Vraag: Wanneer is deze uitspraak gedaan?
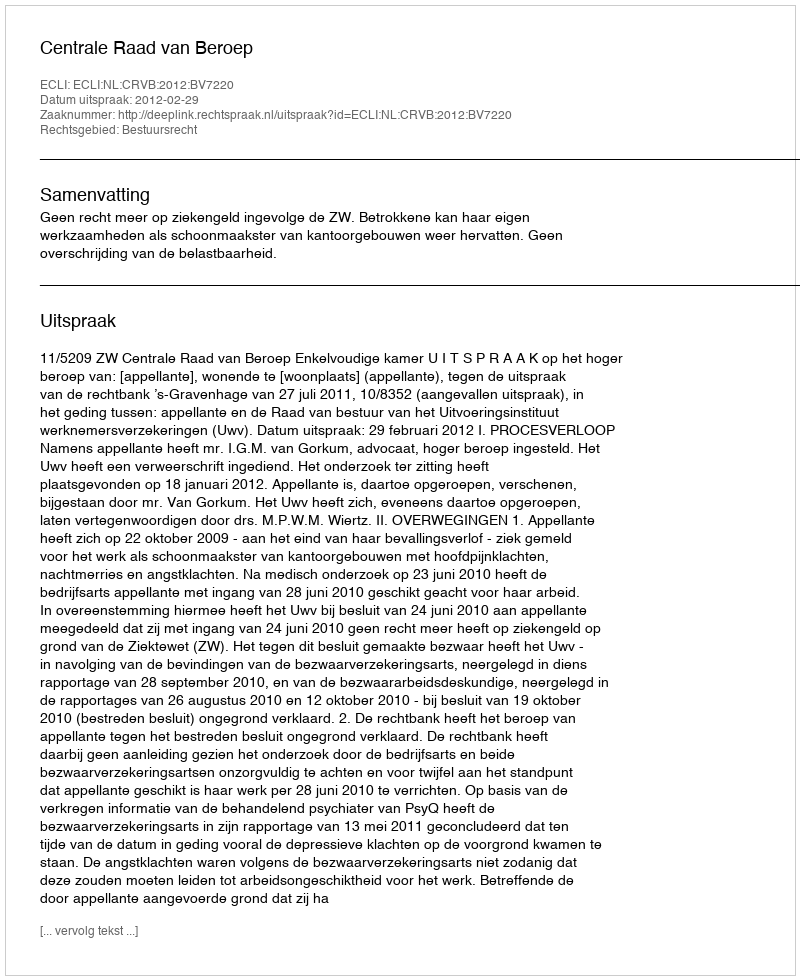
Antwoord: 2012-02-29